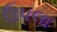
ઉપલા